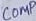
Text: COMP